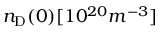
n _ { \mathrm { D } } ( 0 ) [ 1 0 ^ { 2 0 } m ^ { - 3 } ]